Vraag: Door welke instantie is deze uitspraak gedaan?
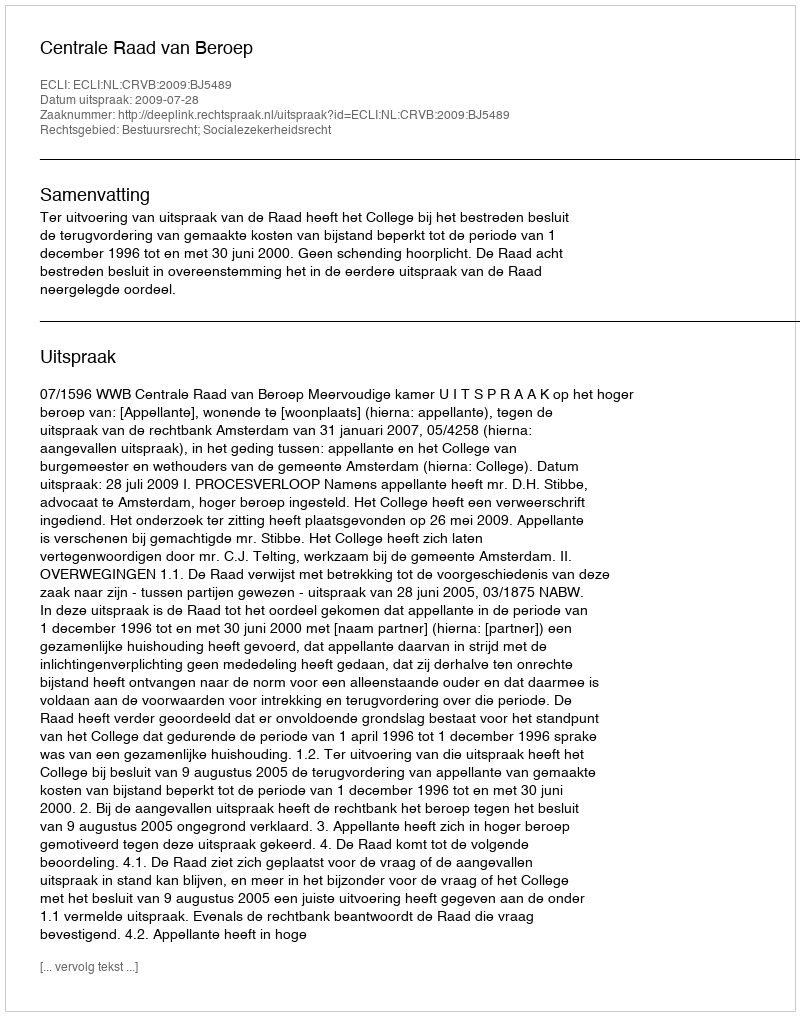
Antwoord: Centrale Raad van Beroep